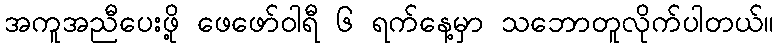
အကူအညီပေးဖို့ ဖေဖော်ဝါရီ ၆ ရက်နေ့မှာ သဘောတူလိုက်ပါတယ်။